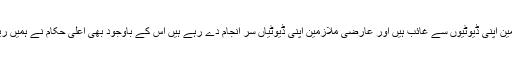
جبکہ ریگولر ملازمین اپنی ڈیوٹیوں سے غائب ہیں اور عارضی ملازمین اپنی ڈیوٹیاں سر انجام دے رہے ہیں اس کے باوجود بھی اعلیٰ حکام نے ہمیں ریگولر نہیں کیا ہے ۔